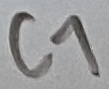
Text: C1